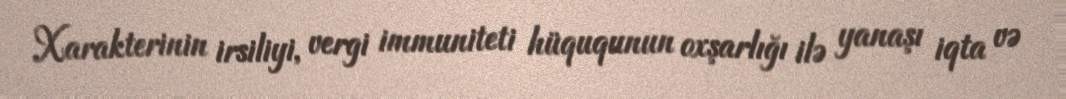
Xarakterinin irsiliyi, vergi immuniteti hüququnun oxşarlığı ilə yanaşı iqta və